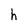
Character: h